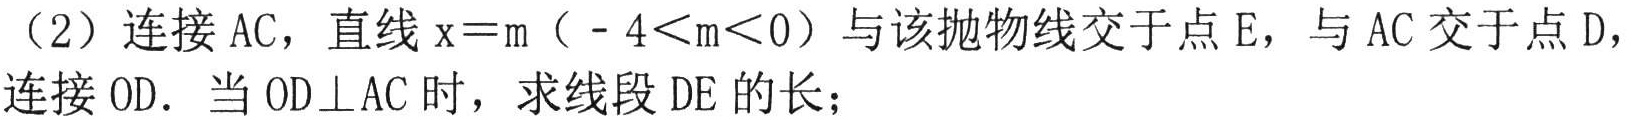
（2）连接 \(AC\)，直线 \(x = m\)（\(-4 < m < 0\)）与该抛物线交于点 \(E\)，与 \(AC\) 交于点 \(D\)，连接 \(OD\). 当 \(OD\perp AC\) 时，求线段 \(DE\) 的长；